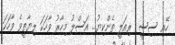
ހޭއި ސިސީ  ރިއަލީ ތެންކިޔު... އަސްލު މިހާރު ވާހަކަ ލިޔާތީވެ ވާހަކަ